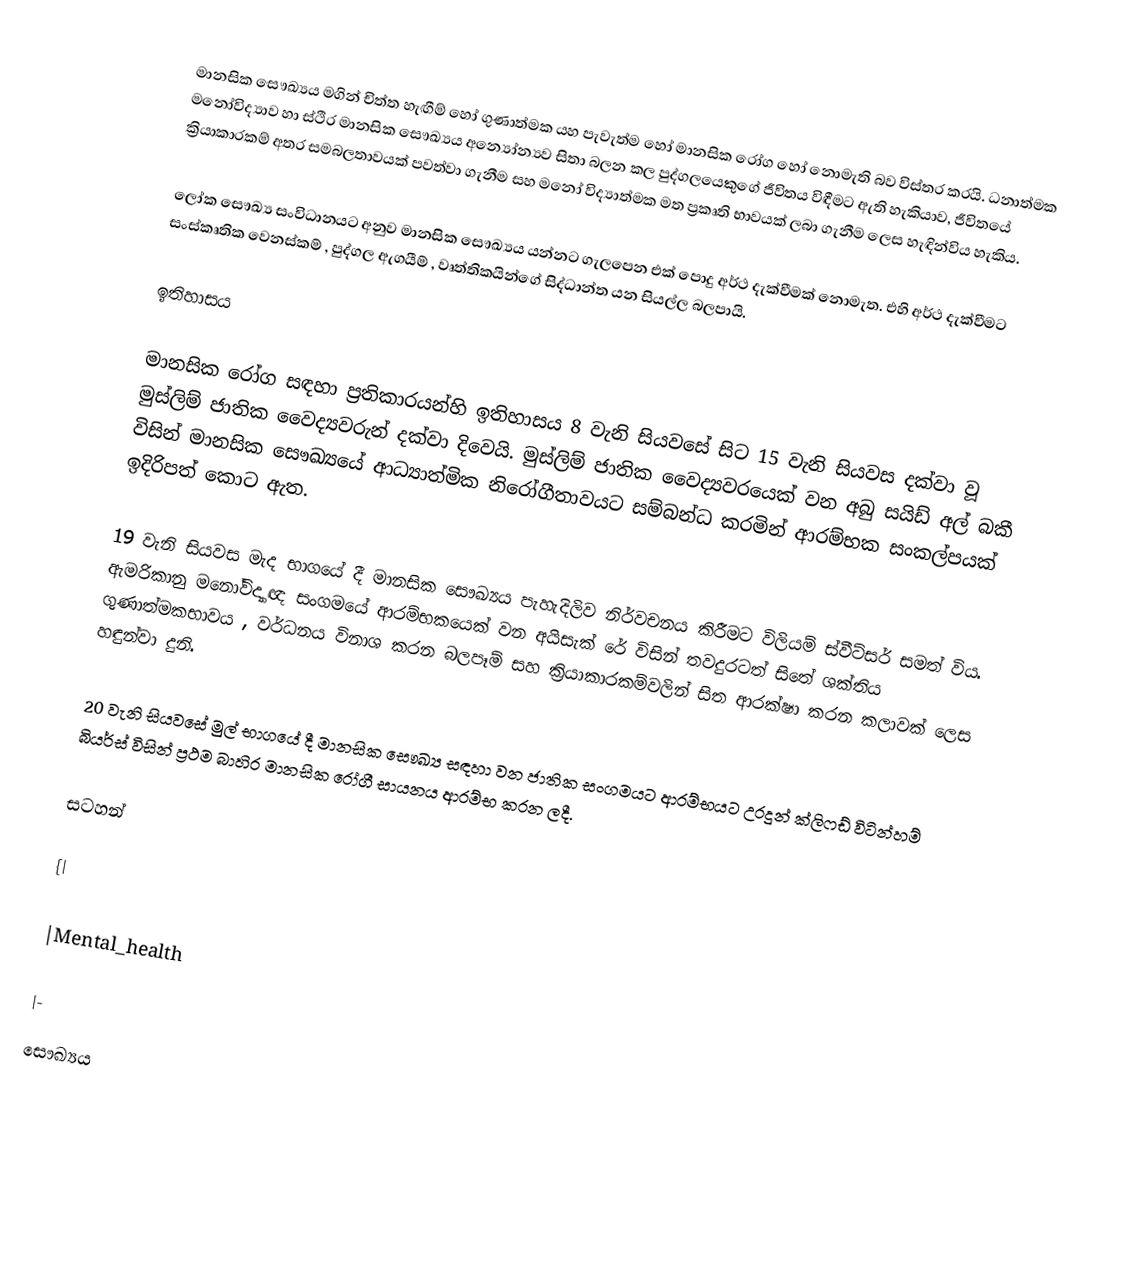
මානසික සෞඛ්‍යය මගින් චිත්ත හැඟීම් හෝ ගුණාත්මක යහ පැවැත්ම හෝ මානසික රෝග හෝ නොමැති බව විස්තර කරයි. ධනාත්මක මනෝවිද්‍යාව හා ස්ථිර මානසික සෞඛ්‍යය අන්‍යෝන්‍යව සිතා බලන කල පුද්ගලයෙකුගේ ජීවිතය විඳීමට ඇති හැකියාව, ජීවිතයේ ක්‍රියාකාරකම් අතර සමබලතාවයක් පවත්වා ගැනීම සහ මනෝ විද්‍යාත්මක මත ප්‍රකෘති භාවයක් ලබා ගැනීම ලෙස හැඳින්විය හැකිය.

ලෝක සෞඛ්‍ය සංවිධානයට අනුව මානසික සෞඛ්‍යය යන්නට ගැලපෙන එක් පොදු අර්ථ දැක්වීමක් නොමැත. එහි අර්ථ දැක්වීමට සංස්කෘතික වෙනස්කම් , පුද්ගල ඇගයීම් , වෘත්තිකයින්ගේ සිද්ධාන්ත යන සියල්ල බලපායි.

ඉතිහාසය

මානසික රෝග සඳහා ප්‍රතිකාරයන්හි ඉතිහාසය 8 වැනි සියවසේ සිට 15 වැනි සියවස දක්වා වූ මුස්ලිම් ජාතික වෛද්‍යවරුන් දක්වා දිවෙයි. මුස්ලිම් ජාතික වෛද්‍යවරයෙක් වන අබු සයිඩ් අල් බකී විසින් මානසික සෞඛ්‍යයේ ආධ්‍යාත්මික නිරෝගීතාවයට සම්බන්ධ කරමින් ආරම්භක සංකල්පයක් ඉදිරිපත් කොට ඇත.

19 වැනි සියවස මැද භාගයේ දී මානසික සෞඛ්‍යය පැහැදිලිව නිර්වචනය කිරීමට විලියම් ස්වීට්සර් සමත් විය. ඇමරිකානු මනෝවිද්‍යාඥ සංගමයේ ආරම්භකයෙක් වන අයිසැක් රේ විසින් තවදුරටත් සිතේ ශක්තිය ගුණාත්මකභාවය , වර්ධනය විනාශ කරන බලපෑම් සහ ක්‍රියාකාරකම්වලින් සිත ආරක්ෂා කරන කලාවක් ලෙස හඳුන්වා දුනි.

20 වැනි සියවසේ මුල් භාගයේ දී මානසික සෞඛ්‍ය සඳහා වන ජාතික සංගමයට ආරම්භයට උරදුන් ක්ලිෆඩ් විටින්හම් බියර්ස් විසින් ප්‍රථම බාහිර මානසික රෝගී සායනය ආරම්භ කරන ලදී.

සටහන්

{|

|Mental_health

|-
සෞඛ්‍යය